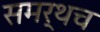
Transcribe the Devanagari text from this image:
समर्थच